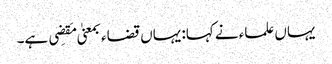
یہاں علماء نے کہا: یہاں قضاء بمعنیٰ مَقضِی ہے۔